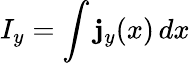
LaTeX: I_{y}=\int\mathbf{j}_{y}(x)\, dx